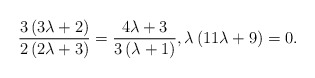
\begin{align*} \frac{3\left( 3\lambda +2\right) }{2\left( 2\lambda +3\right) } = \frac{4\lambda +3}{3\left( \lambda +1\right) }, \lambda \left( 11\lambda +9\right) =0.\end{align*}